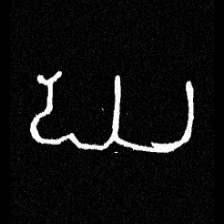
Pyu character \u2014 Myanmar letter: ဃ (romanized: gha)